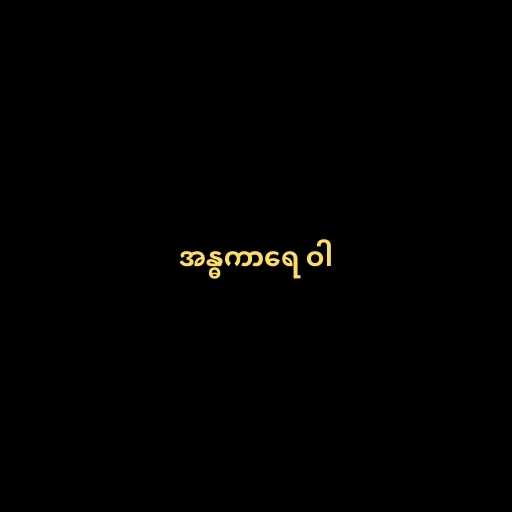
အန္ဓကာရေ ဝါ